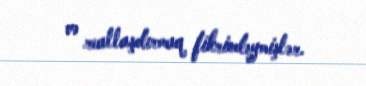
və reallaşdırmaq fikrindəymişlər.